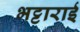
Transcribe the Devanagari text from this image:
भट्टाराई